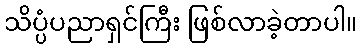
သိပ္ပံပညာရှင်ကြီး ဖြစ်လာခဲ့တာပါ။